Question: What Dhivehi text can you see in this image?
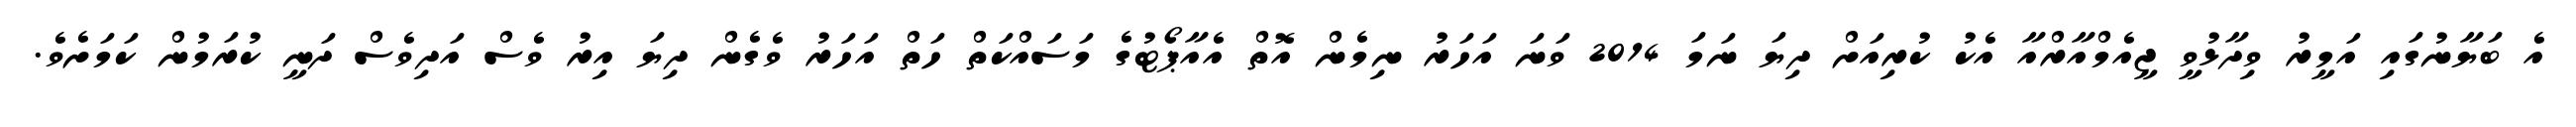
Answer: އެ ބަޔާނުގައި އަމީރު ވިދާޅުވީ ޖީއެމްއާރްއާ އެކު ކުރިއަށް ދިޔަ ނަމަ 2014 ވަނަ އަހަރު ނިމެން އޮތް އެއާޕޯޓުގެ މަސައްކަތް ހަތް އަހަރު ވެގެން ދިޔަ އިރު ވެސް އަދިވެސް ދަނީ ކުރަމުން ކަމަށެވެ.